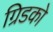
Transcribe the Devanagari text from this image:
ग्रिडको